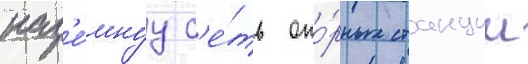
наз'е́мнуу с'е́ть опо́рных станции